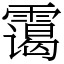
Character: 霭